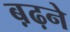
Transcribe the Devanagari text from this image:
ब़ढ़ने